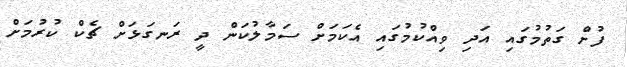
ފުށް ގަތުމުގައި އަދި ވިއްކުމުގައި އެކަމަށް ސަމާލުކަން ދީ ރަނގަޅަށް ޗެކް ކުރުމަށް